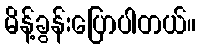
မိန့်ခွန်းပြောပါတယ်။